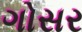
ગોસર